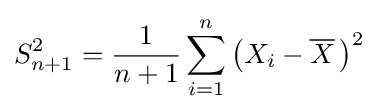
S_{n+1}^{2}={\frac {1}{n+1}}\sum _{i=1}^{n}\left(X_{i}-{\overline {X}}\,\right)^{2}